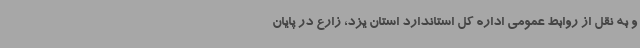
و به نقل از روابط عمومی اداره کل استاندارد استان یزد، زارع در پایان